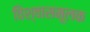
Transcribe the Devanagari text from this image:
विश्वासमूलक